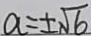
a = \pm \sqrt { 6 }